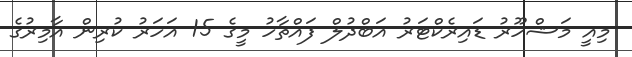
މިއީ މަޝްހޫރު ޑައިރެކްޓަރު އަބްދުލް ފައްތާހު މީގެ 15 އަހަރު ކުރިން އާމިރުގެ